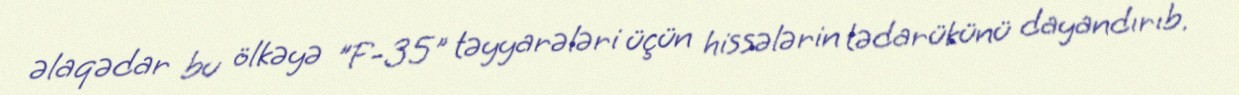
əlaqədar bu ölkəyə "F-35" təyyarələri üçün hissələrin tədarükünü dayandırıb.